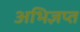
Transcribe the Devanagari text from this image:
अभिज्ञप्त